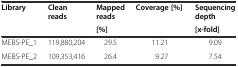
<table><thead><tr><td rowspan="2"><b>Library</b></td><td rowspan="2"><b>Clean reads</b></td><td><b>Mapped reads</b></td><td rowspan="2"><b>Coverage [%]</b></td><td><b>Sequencing depth</b></td></tr><tr><td><b>[%]</b></td><td><b>[x-fold]</b></td></tr></thead><tbody><tr><td>MEBS-PE_1</td><td>119,880,204</td><td>29.5</td><td>11.21</td><td>9.09</td></tr><tr><td>MEBS-PE_2</td><td>109,353,416</td><td>26.4</td><td>9.27</td><td>7.54</td></tr></tbody></table>